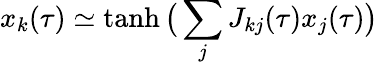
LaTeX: x_{k}(\tau)\simeq\mathrm{tanh}\, \big(\sum_{j}J_{kj}(\tau)x_{j}(\tau)\big)